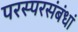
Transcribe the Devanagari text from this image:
परस्परसंबंधां